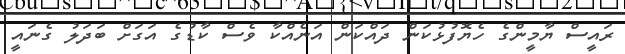
ރައީސް ޔާމީންގެ ހެޔޮފުޅުކަން ދައްކަން އަނެއްކާ ވެސް ކާޑުގެ އަގަށް ބަދަލު ގެނައީ